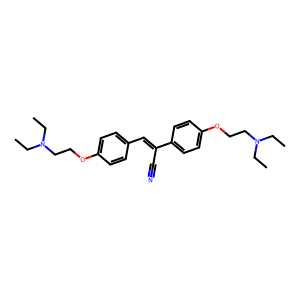
SMILES: CCN(CC)CCOc1ccc(C=C(C#N)c2ccc(OCCN(CC)CC)cc2)cc1
Inhibits HIV replication: No